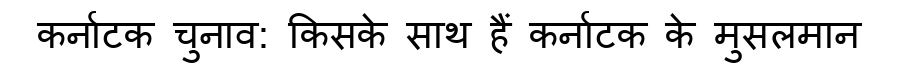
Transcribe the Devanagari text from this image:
कर्नाटक चुनाव: किसके साथ हैं कर्नाटक के मुसलमान